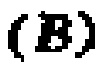
\textbf{(B)}